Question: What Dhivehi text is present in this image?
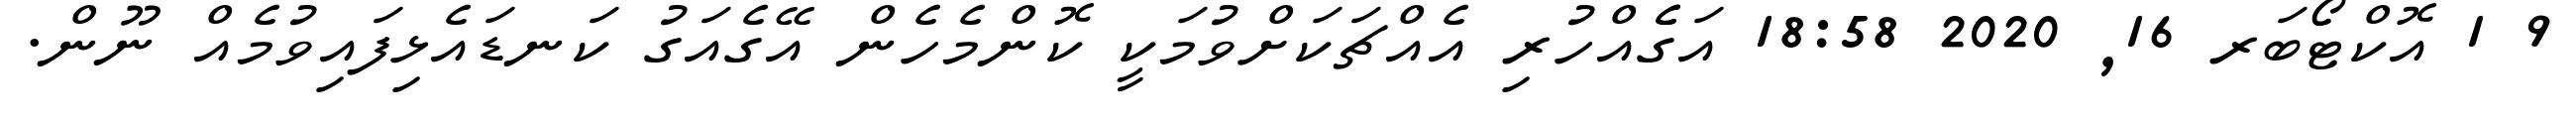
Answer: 9 1 އޮކްޓޯބަރ 16, 2020 18:58 އަގެެއްހުރި އެއްޗަކަށްވުމަކީ ކޮންމެހެން އޭގެއަގު ކަނޑައެޅިފައިވުމެއް ނޫން.